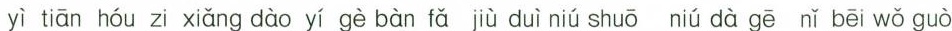
yì tiān hóu zi xiǎng dào yí gè bàn fǎ jù duì niú shuō niú dà gē nǐ bēi wǒ guò